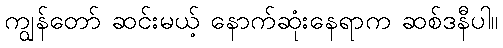
ကျွန်တော် ဆင်းမယ့် နောက်ဆုံးနေရာက ဆစ်ဒနီပါ။